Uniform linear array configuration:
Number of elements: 24
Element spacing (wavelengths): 0.25
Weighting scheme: kaiser
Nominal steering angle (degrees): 15
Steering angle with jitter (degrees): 16.008
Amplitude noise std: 0.05
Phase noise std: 0.05

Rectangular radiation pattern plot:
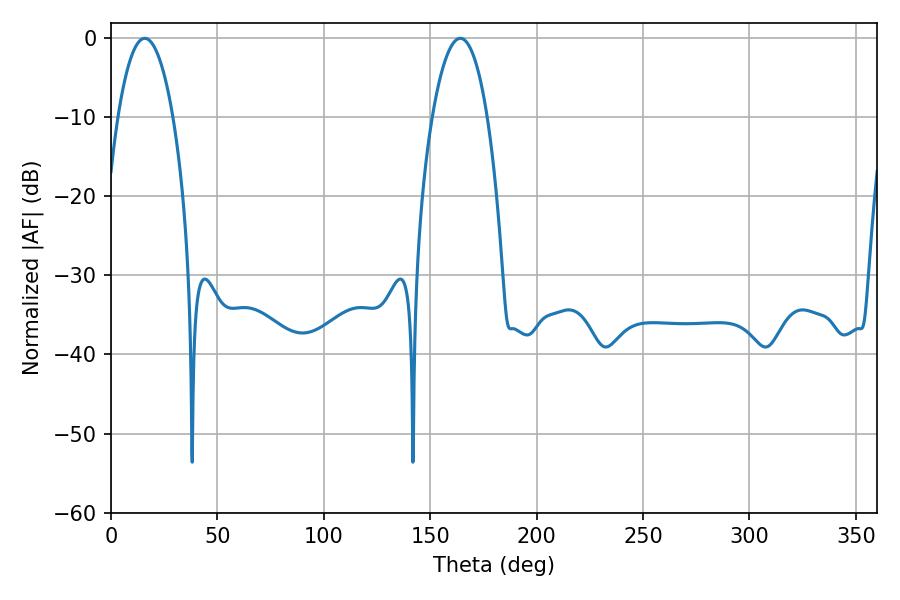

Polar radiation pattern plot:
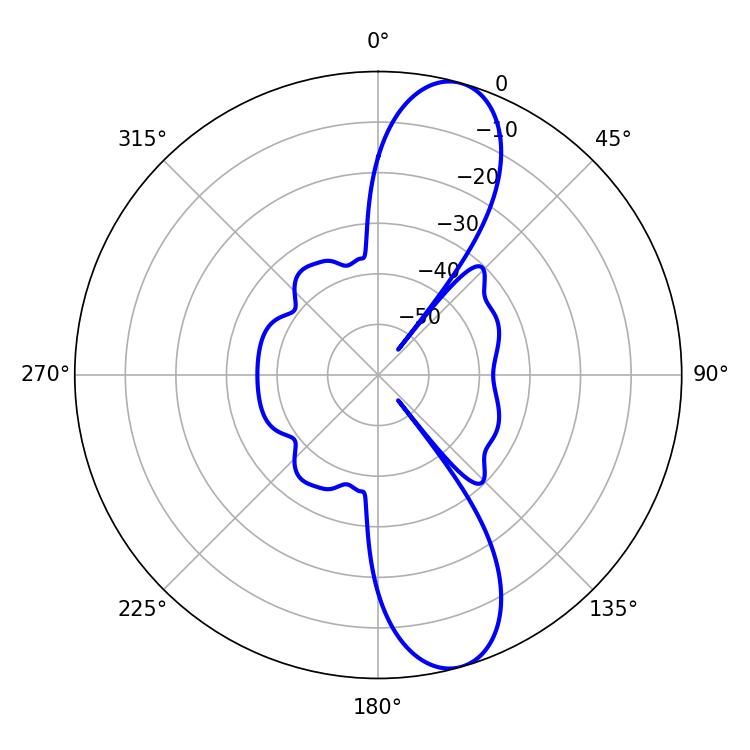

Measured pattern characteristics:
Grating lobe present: FALSE
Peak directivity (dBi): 11.342
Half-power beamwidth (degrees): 14.4
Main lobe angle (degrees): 15.84